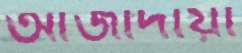
আজাদীয়া